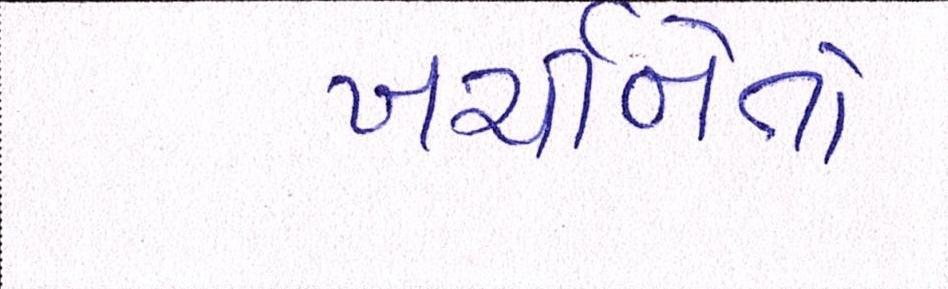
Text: ખર્ચીનેતો